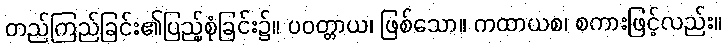
တည်ကြည်ခြင်း၏ပြည့်စုံခြင်း၌။ ပဝတ္တာယ၊ ဖြစ်သော။ ကထာယစ၊ စကားဖြင့်လည်း။